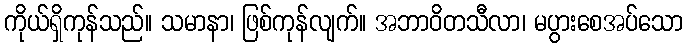
ကိုယ်ရှိကုန်သည်။ သမာနာ၊ ဖြစ်ကုန်လျက်။ အဘာဝိတသီလာ၊ မပွားစေအပ်သော